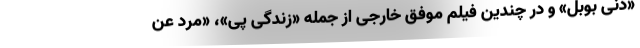
«دنی بوبل» و در چندین فیلم موفق خارجی از جمله «زندگی پی»، «مرد عن